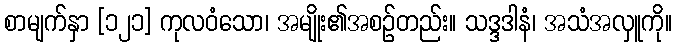
စာမျက်နှာ [၁၂၁] ကုလဝံသော၊ အမျိုး၏အစဉ်တည်း။ သဒ္ဒဒါနံ၊ အသံအလှူကို။